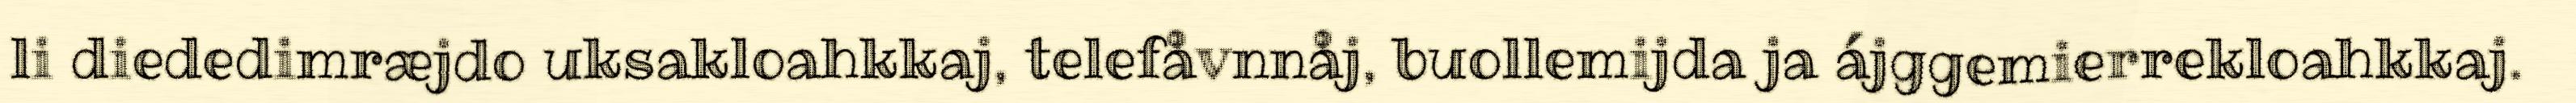
li diededimræjdo uksakloahkkaj, telefåvnnåj, buollemijda ja ájggemierrekloahkkaj.